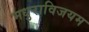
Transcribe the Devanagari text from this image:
मधुराविजयम